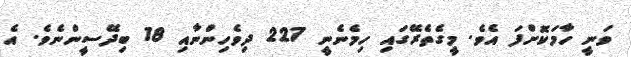
ވަނީ ހާމަކޮށްފަ އެވެ. މީގެތެރޭގައި ހިމެނެނީ 227 ދިވެހިންނާއި 18 ބިދޭސީންނެވެ. އެ